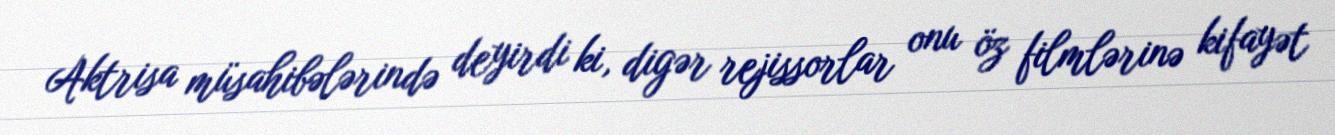
Aktrisa müsahibələrində deyirdi ki, digər rejissorlar onu öz filmlərinə kifayət